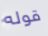
قوله